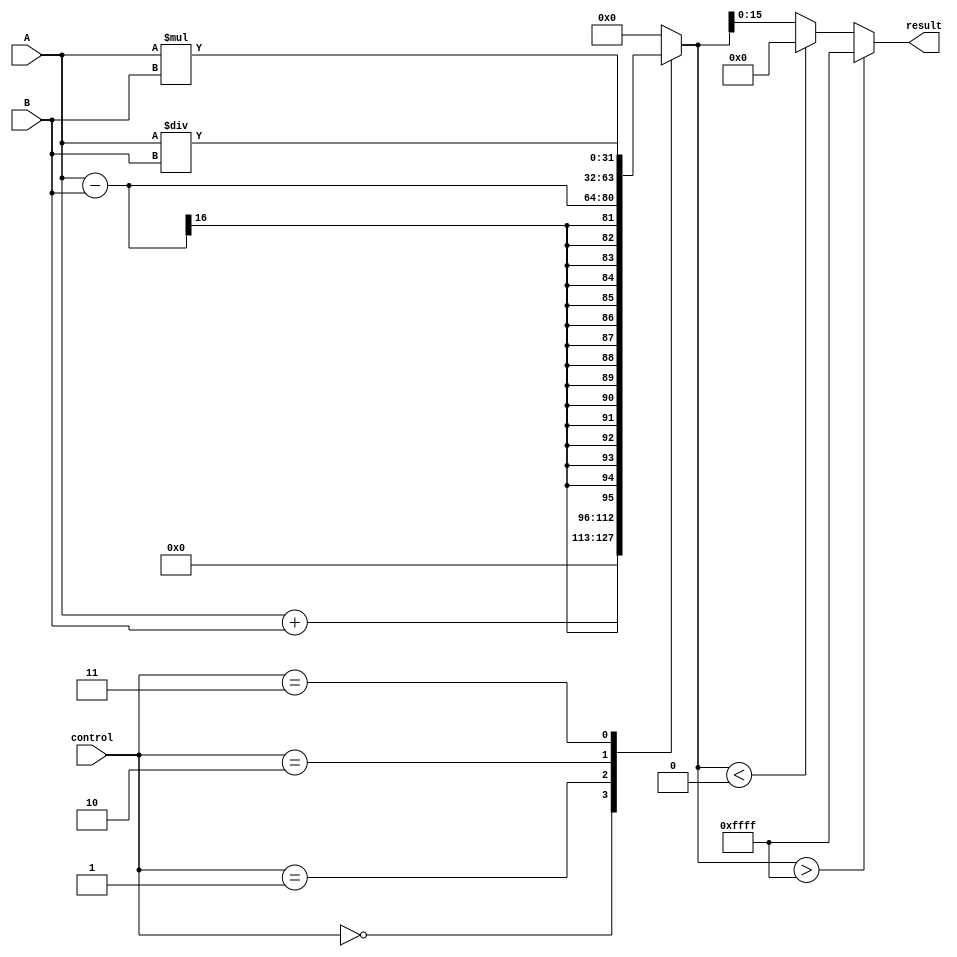
module ALU_16bit (
    input [15:0] A,
    input [15:0] B,
    input [2:0] control,
    output reg [15:0] result
);

reg [31:0] temp_result;

always @ (A, B, control)
begin
    case (control)
        3'b000: begin // Addition
            temp_result = A + B;
        end
        3'b001: begin // Subtraction
            temp_result = A - B;
        end
        3'b010: begin // Multiplication
            temp_result = A * B;
        end
        3'b011: begin // Division
            temp_result = A / B;
        end
        default: begin
            temp_result = 16'd0; // Default case
        end
    endcase
    
    // Overflow and carry out logic
    if(temp_result > 16'hFFFF) begin
        result = 16'hFFFF;
    end
    else if(temp_result < 0) begin
        result = 16'h0000;
    end
    else begin
        result = temp_result[15:0];
    end
end

endmodule